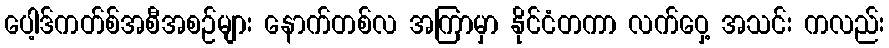
ပေါ့ဒ်ကတ်စ်အစီအစဉ်များ နောက်တစ်လ အကြာမှာ နိုင်ငံတကာ လက်ဝှေ့ အသင်း ကလည်း